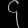
Digit: ၄